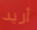
أريد